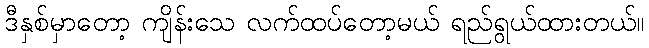
ဒီနှစ်မှာတော့ ကျိန်းသေ လက်ထပ်တော့မယ် ရည်ရွယ်ထားတယ်။